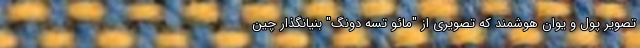
تصویر پول و یوان هوشمند که تصویری از "مائو تسه دونگ" بنیانگذار چین